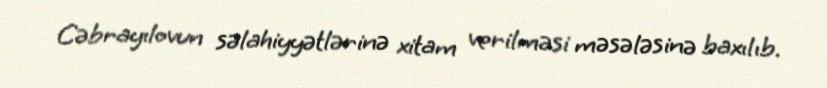
Cəbrayılovun səlahiyyətlərinə xitam verilməsi məsələsinə baxılıb.